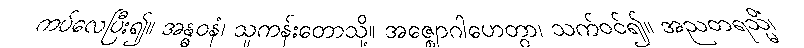
ကပ်လေပြီး၍။ အန္ဓဝနံ၊ သူကန်းတောသို့။ အဇ္ဈောဂါဟေတွာ၊ သက်ဝင်၍။ အညတရသ္မိံ၊